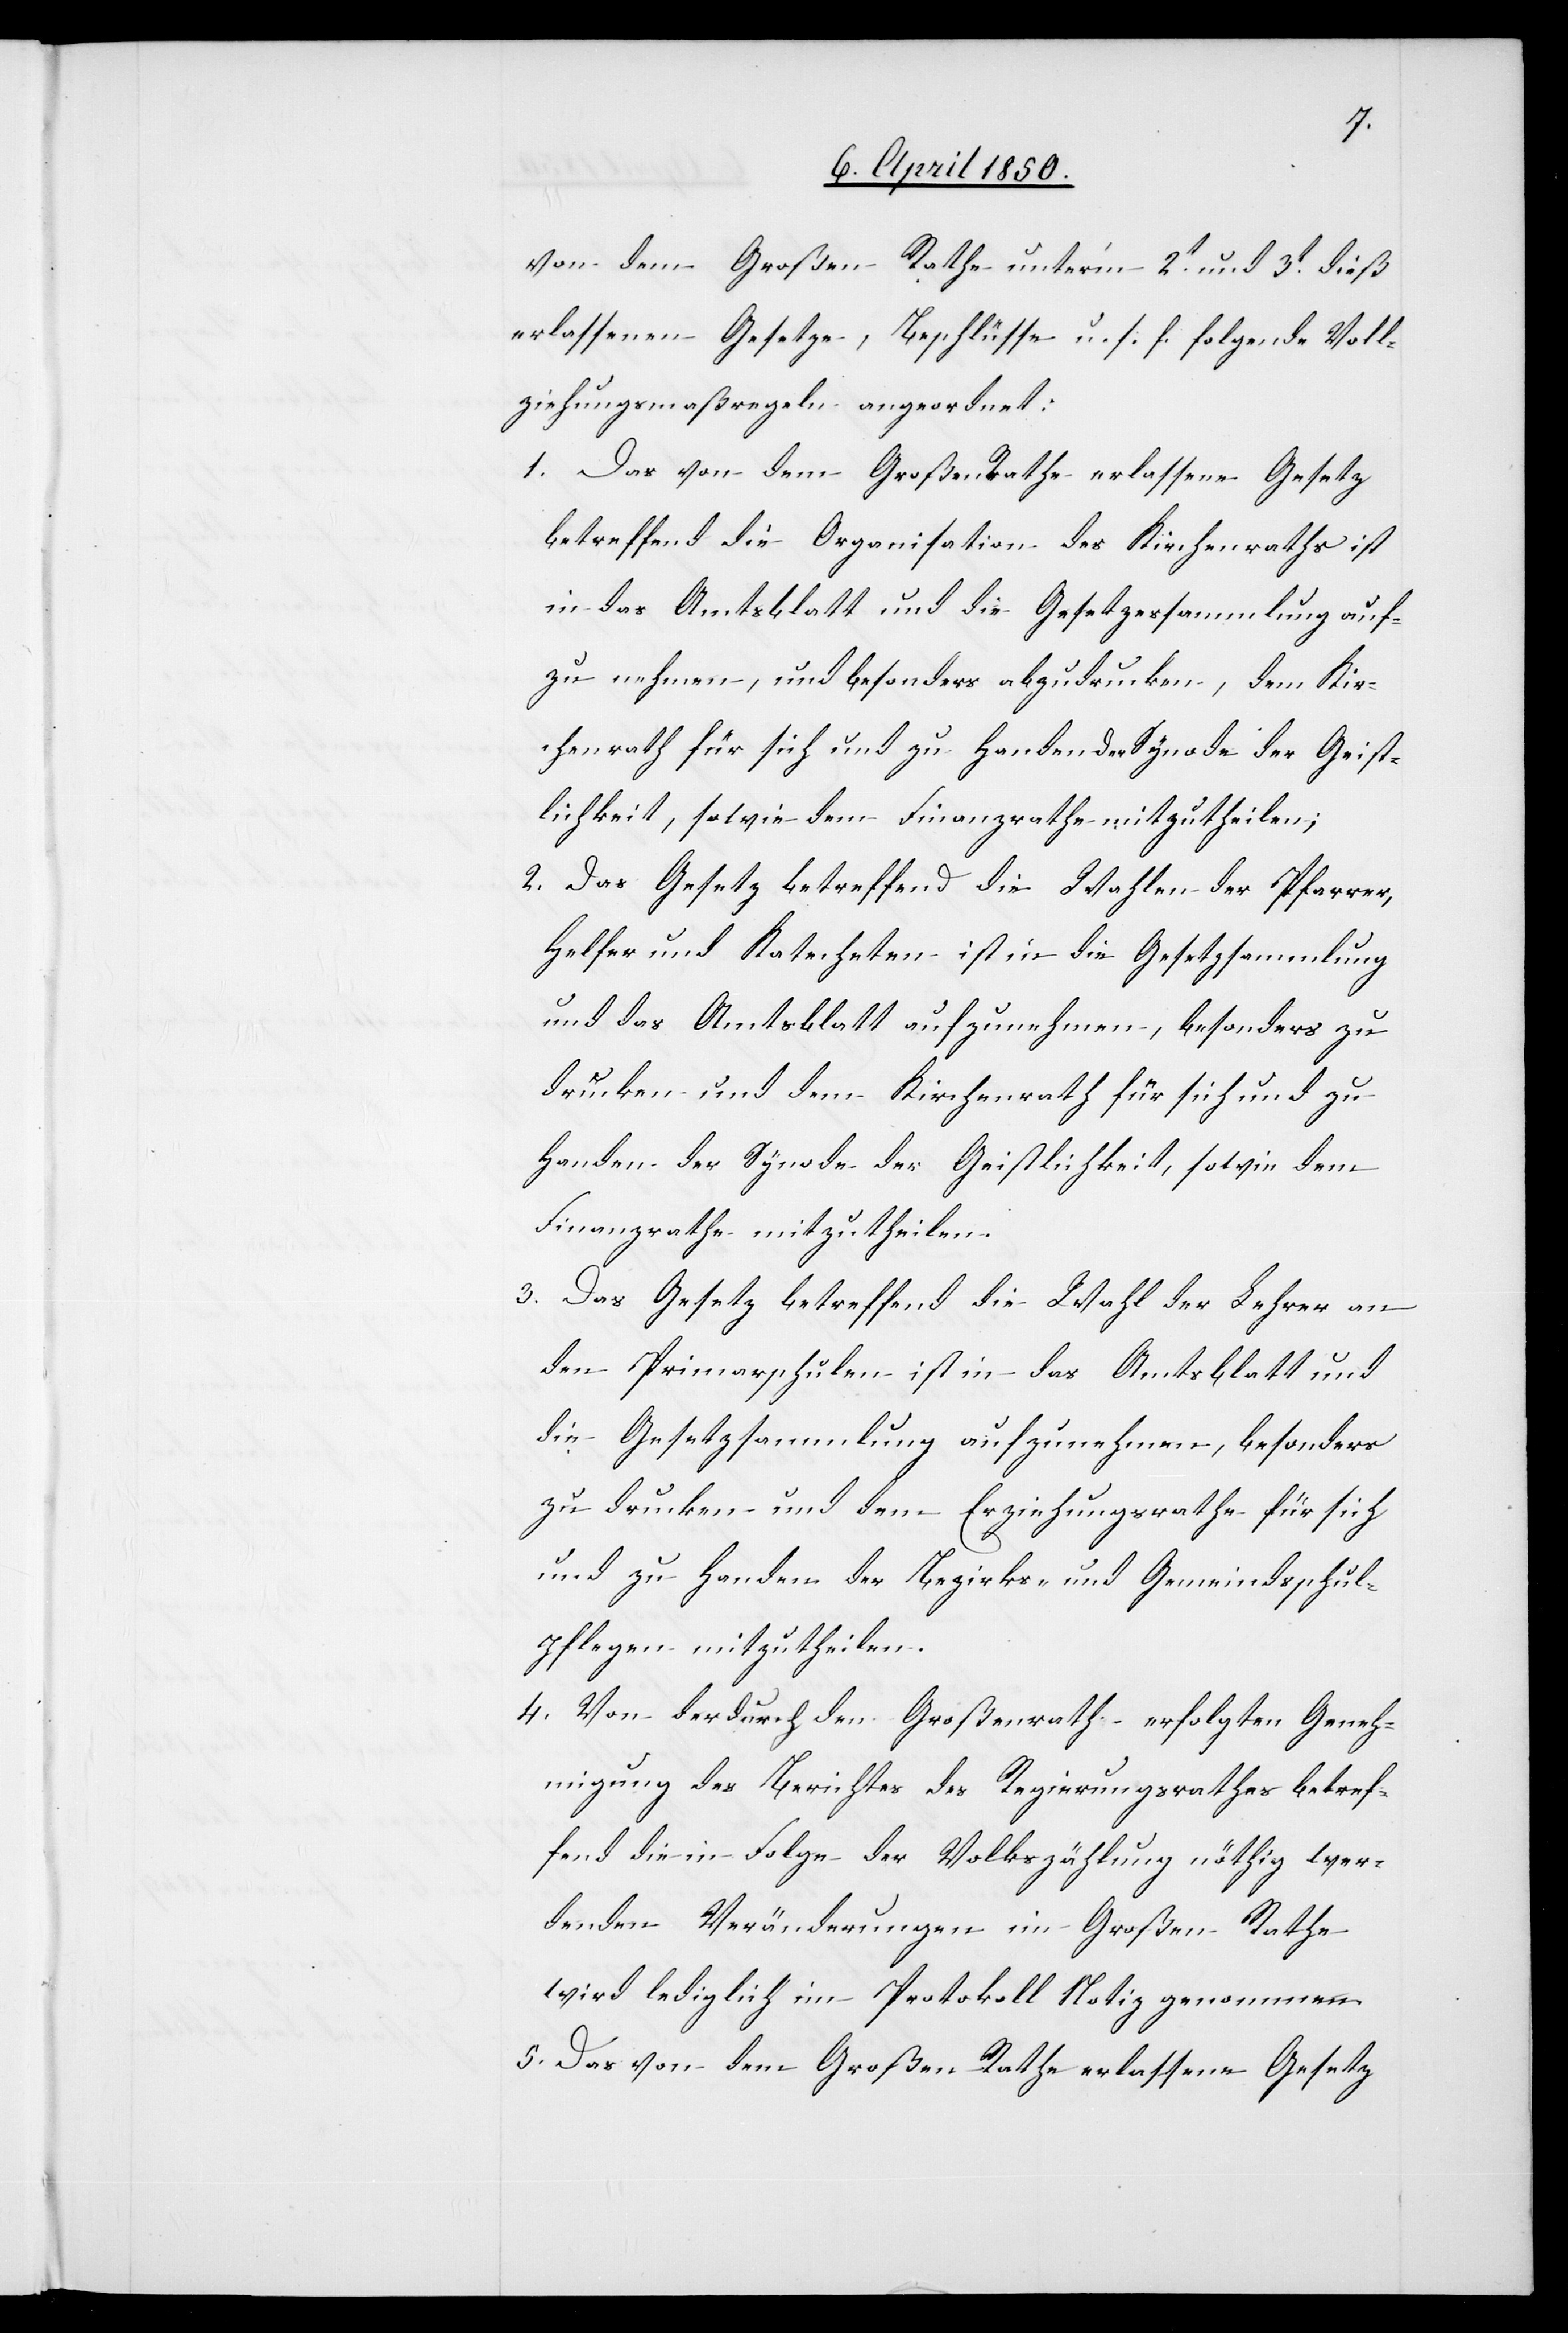
von dem Großen Rathe unterm 2t und 3t dieß
erlassenen Gesetze, Beschlüsse u. s. f. folgende Voll¬
ziehungsmaßregeln angeordnet:
1. Das von dem Großen Rathe erlassene Gesetz
betreffend die Organisation des Kirchenraths ist
in das Amtsblatt und die Gesetzessammlung auf¬
zu nehmen, und besonders abzudrucken, dem Kir¬
chenrath für sich und zu Handen der Synode der Geist¬
lichkeit, sowie dem Finanzrathe mitzutheilen;
2. Das Gesetz betreffend die Wahlen der Pfarrer,
Helfer und Katecheten ist in die Gesetzsammlung
und das Amtsblatt aufzunehmen, besonders zu
drucken und dem Kirchenrath für sich und zu
Handen der Synode der Geistlichkeit, sowie dem
Finanzrathe mitzutheilen.
3. Das Gesetz betreffend die Wahl der Lehrer an
den Primarschulen ist in das Amtsblatt und
die Gesetzsammlung aufzunehmen, besonders
zu drucken und dem Erziehungsrathe für sich
und zu Handen der Bezirks- und Gemeindsschul¬
pflegen mitzutheilen.
4. Von der durch den Großenrath erfolgten Geneh¬
migung des Berichtes des Regierungsrathes betref¬
fend die in Folge der Volkszählung nöthig wer¬
denden Veränderungen im Großen Rathe
wird lediglich im Protokoll Notiz genommen.
5. Das von dem Großen Rathe erlassene Gesetz